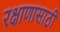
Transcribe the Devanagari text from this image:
रक्षाणासाठी